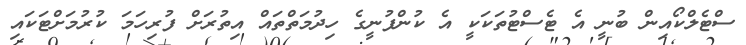
ސްޓެލްކޯއިން ބުނީ އެ ޓެސްޓުތަކަކީ އެ ކުންފުނީގެ ހިދުމަތްތައް އިތުރަށް ފުރިހަމަ ކުރުމަށްޓަކައި